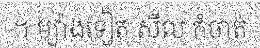
។ ម្យ៉ាងទៀត សីល កំចាត់